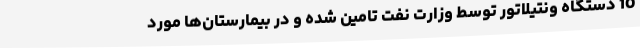
10 دستگاه ونتیلاتور توسط وزارت نفت تامین شده و در بیمارستان‌ها مورد